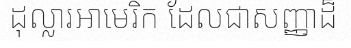
ដុល្លារអាមេរិក ដែលជាសញ្ញាដ៏